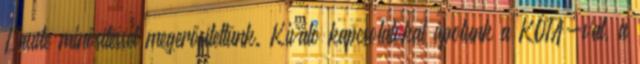
Laude minősítéssel megerősítettünk. Kiváló kapcsolatokat ápolunk a KÓTA-val, a